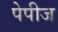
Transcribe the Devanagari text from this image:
पेपीज